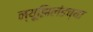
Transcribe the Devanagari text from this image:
न्यूझिलंडच्या